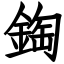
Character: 鋾